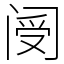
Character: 阌